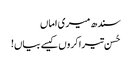
سندھ میری اماں
حُسن تیرا کروں کیسے بیاں!